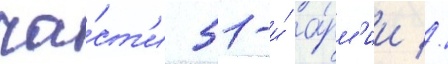
ча́ст'и 51-и́ а́рм'ии //